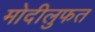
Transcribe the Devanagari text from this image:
मोदीलुफत